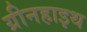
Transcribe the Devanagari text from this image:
ग्रीनहाइथ